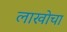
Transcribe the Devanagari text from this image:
लाखोचा